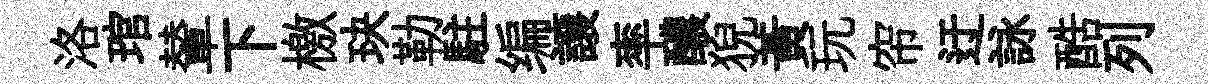
洛琯輦下檄玦勒駐编譲率醲猊黄玩帘迂詠酷列